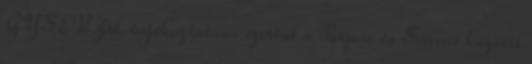
GYSEV Zrt. tájékoztatása szerint a Porpác és Sárvár közötti